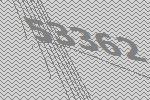
53362